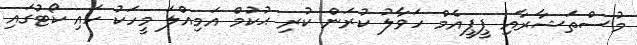
މުސްތަޝާރާއި ޕީޕީއެމް ހަވާލު ކުރަން ކުރި ޙުކުމް އަމިއްލަ މީހަކު ހައި ކޯޓުގައި